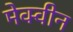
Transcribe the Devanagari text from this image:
मेक्वीन